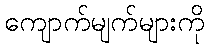
ကျောက်မျက်များကို